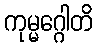
ကုမ္မဂ္ဂေါတိ